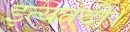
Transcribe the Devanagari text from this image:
इत्यतदी।